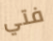
فتي